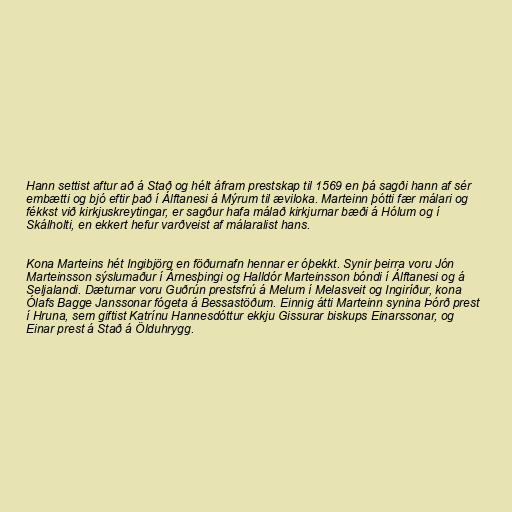
Hann settist aftur að á Stað og hélt áfram prestskap til 1569 en þá sagði hann af sér
embætti og bjó eftir það í Álftanesi á Mýrum til æviloka. Marteinn þótti fær málari og
fékkst við kirkjuskreytingar, er sagður hafa málað kirkjurnar bæði á Hólum og í
Skálholti, en ekkert hefur varðveist af málaralist hans.

Kona Marteins hét Ingibjörg en föðurnafn hennar er óþekkt. Synir þeirra voru Jón
Marteinsson sýslumaður í Árnesþingi og Halldór Marteinsson bóndi í Álftanesi og á
Seljalandi. Dæturnar voru Guðrún prestsfrú á Melum í Melasveit og Ingiríður, kona
Ólafs Bagge Janssonar fógeta á Bessastöðum. Einnig átti Marteinn synina Þórð prest
í Hruna, sem giftist Katrínu Hannesdóttur ekkju Gissurar biskups Einarssonar, og
Einar prest á Stað á Ölduhrygg.